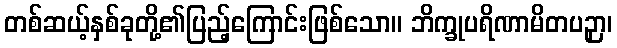
တစ်ဆယ့်နှစ်ခုတို့၏ပြည့်ကြောင်းဖြစ်သော။ ဘိက္ခုပရိဏာမိတပဉှာ၊